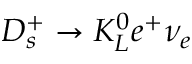
D _ { s } ^ { + } \to K _ { L } ^ { 0 } e ^ { + } \nu _ { e }